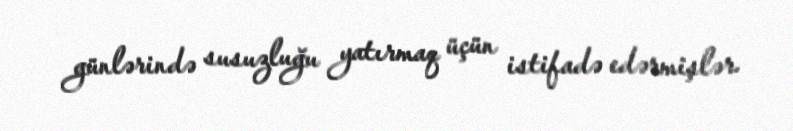
günlərində susuzluğu yatırmaq üçün istifadə edərmişlər.